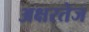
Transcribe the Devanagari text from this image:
अक्षरतेज